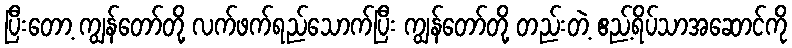
ပြီးတော့ ကျွန်တော်တို့ လက်ဖက်ရည်သောက်ပြီး ကျွန်တော်တို့ တည်းတဲ့ ဧည့်ရိပ်သာအဆောင်ကို